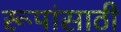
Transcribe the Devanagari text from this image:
रूपांसाठी